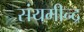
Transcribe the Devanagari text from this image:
संयमीन्द्र